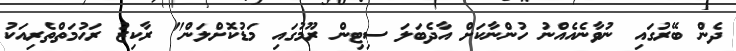
ދެން ބޭރުގައި ނުވާނެއެއްނު ހުންނާކަށް އާދެބަލަ ސިޓިން ރޫމުގައި މަޑުކޮށްލަން" ރާކިޒު ރަޙުމަތްތެރިއަކު